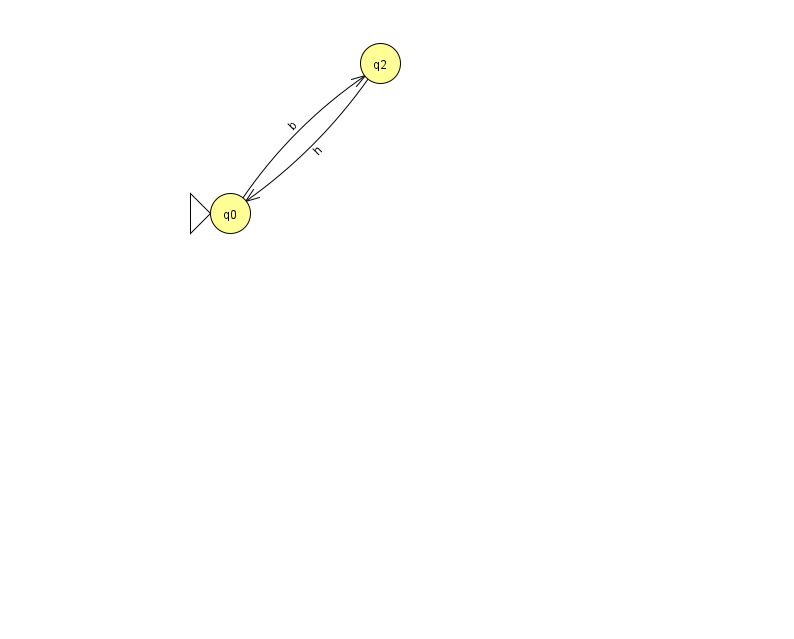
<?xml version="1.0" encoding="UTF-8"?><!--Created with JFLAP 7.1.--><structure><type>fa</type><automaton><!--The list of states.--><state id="0" name="q0"><x>230.0</x><y>200.0</y><initial/></state><state id="2" name="q2"><x>380.0</x><y>50.0</y></state><!--The list of transitions.--><transition><from>0</from><to>2</to><read>b</read></transition><transition><from>2</from><to>0</to><read>h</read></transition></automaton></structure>